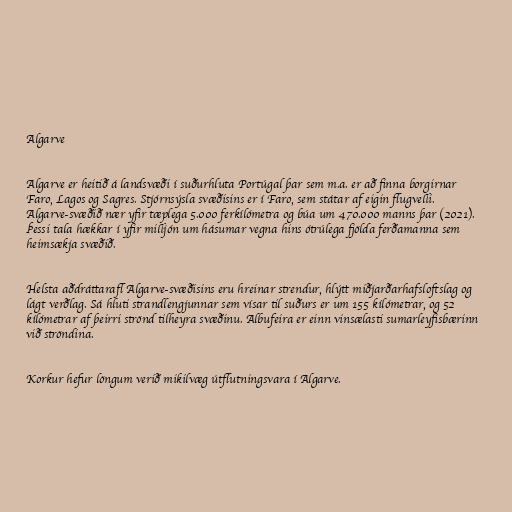
Algarve

Algarve er heitið á landsvæði í suðurhluta Portúgal þar sem m.a. er að finna borgirnar
Faro, Lagos og Sagres. Stjórnsýsla svæðisins er í Faro, sem státar af eigin flugvelli.
Algarve-svæðið nær yfir tæplega 5.000 ferkílómetra og búa um 470.000 manns þar (2021).
Þessi tala hækkar í yfir milljón um hásumar vegna hins ótrúlega fjölda ferðamanna sem
heimsækja svæðið.

Helsta aðdráttarafl Algarve-svæðisins eru hreinar strendur, hlýtt miðjarðarhafsloftslag og
lágt verðlag. Sá hluti strandlengjunnar sem vísar til suðurs er um 155 kílómetrar, og 52
kílómetrar af þeirri strönd tilheyra svæðinu. Albufeira er einn vinsælasti sumarleyfisbærinn
við ströndina.

Korkur hefur löngum verið mikilvæg útflutningsvara í Algarve.